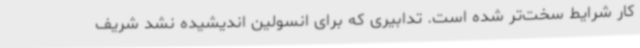
کار شرایط سخت‌تر شده است. تدابیری که برای انسولین اندیشیده نشد شریف